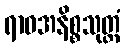
ရာဓအနိစ္စသုတ္တံ